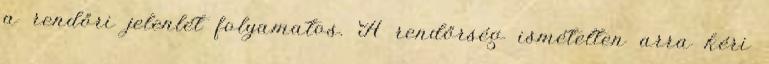
a rendőri jelenlét folyamatos. A rendőrség ismételten arra kéri